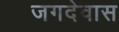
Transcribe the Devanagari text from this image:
जगदेवास